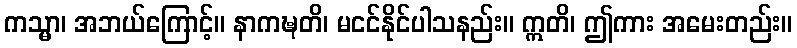
ကသ္မာ၊ အဘယ်ကြောင့်။ နာကဍ္ဎတိ၊ မငင်နိုင်ပါသနည်း။ ဣတိ၊ ဤကား အမေးတည်း။